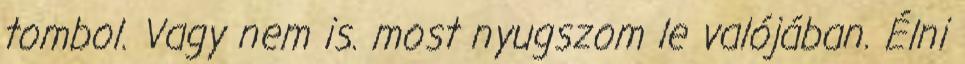
tombol. Vagy nem is. most nyugszom le valójában. Élni